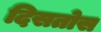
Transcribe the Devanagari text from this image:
दिसतोस